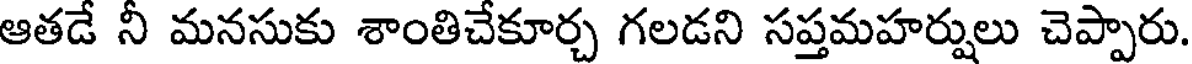
ఆతడే నీ మనసుకు శాంతిచేకూర్చ గలడని సప్తమహర్షులు చెప్పారు